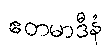
ဧတမာဒီနံ